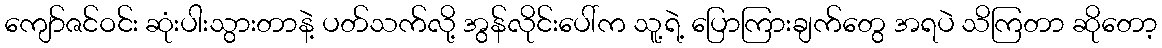
ကျော်ဇင်ဝင်း ဆုံးပါးသွားတာနဲ့ ပတ်သက်လို့ အွန်လိုင်းပေါ်က သူ့ရဲ့ ပြောကြားချက်တွေ အရပဲ သိကြတာ ဆိုတော့